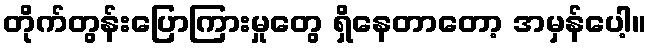
တိုက်တွန်းပြောကြားမှုတွေ ရှိနေတာတော့ အမှန်ပေါ့။